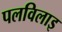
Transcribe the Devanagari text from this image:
पलविलाइ